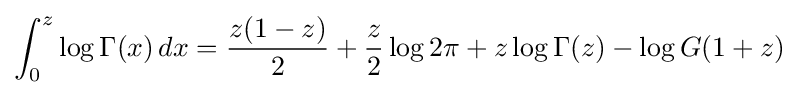
\int _{0}^{z}\log \Gamma (x)\,dx={\frac {z(1-z)}{2}}+{\frac {z}{2}}\log 2\pi +z\log \Gamma (z)-\log G(1+z)